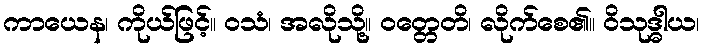
ကာယေန၊ ကိုယ်ဖြင့်။ ဝသံ၊ အလိုသို့။ ဝတ္တေတိ၊ လိုက်စေ၏။ ဝိသုဒ္ဓါယ၊